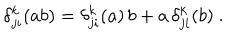
\delta _ { j i } ^ { k } ( a b ) = \delta _ { j i } ^ { k } ( a ) \, b + a \, \delta _ { j i } ^ { k } ( b ) ~ .